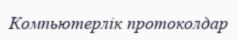
Компьютерлік протоколдар